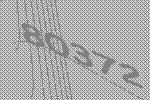
80372